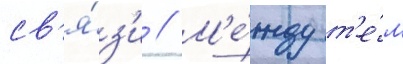
св'я́з'и // М'е́жду т'е́м